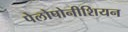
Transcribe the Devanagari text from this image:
पेलोपोनीशियन